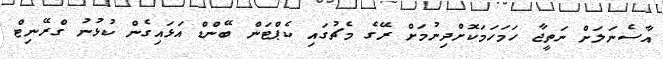
އާސެނަލަށް ނަތީޖާ ހަމަހަމަކޮށްދިނުމަށް ރޭގެ މެޗުގައި ކެޕްޓަން ބޭންޑް އަޅައިގެން ކުޅުނު ގްރޭނިޓް